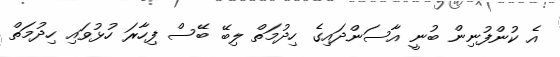
އެ ކުންފުނިން ބުނީ އާސަންދައިގެ ހިދުމަތް ލިބޭ ބޭސް ފިހާރަ ހުޅުވައި ހިދުމަތް